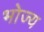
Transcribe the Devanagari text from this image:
भोज्‍य